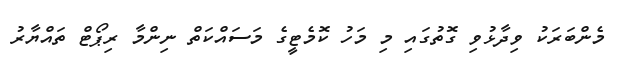
މެންބަރަކު ވިދާޅުވި ގޮތުގައި މި މަހު ކޮމެޓީގެ މަސައްކަތް ނިންމާ ރިޕޯޓް ތައްޔާރު